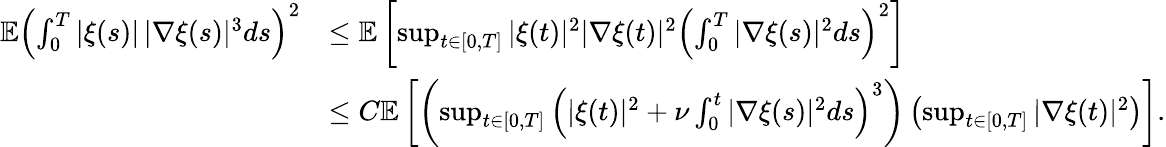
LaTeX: \begin{array}{rl}{\mathbb{E}\left(\int_{0}^{T}|\xi(s)|\, |\nabla\xi(s)|^{3}ds\right)^{2}}&{\leq\mathbb{E}\left[\operatorname*{sup}_{t\in[0,T]}|\xi(t)|^{2}|\nabla\xi(t)|^{2}\left(\int_{0}^{T}|\nabla\xi(s)|^{2}ds\right)^{2}\right]}\\ &{\leq C\mathbb{E}\left[\left(\operatorname*{sup}_{t\in[0,T]}\left(|\xi(t)|^{2}+\nu\int_{0}^{t}|\nabla\xi(s)|^{2}ds\right)^{3}\right)\left(\operatorname*{sup}_{t\in[0,T]}|\nabla\xi(t)|^{2}\right)\right].}\end{array}